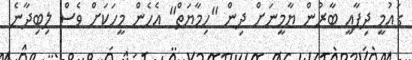
ގައުމީ ދިފާއީ ބާރުން ޔާމީނަށް ދިން "ހިމާޔަތް" އެހެން މީހަކަށް ވެސް ލިބިދާނެ